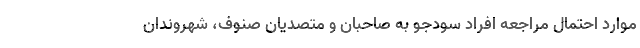
موارد احتمال مراجعه افراد سودجو به صاحبان و متصدیان صنوف، شهروندان